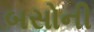
બસોની